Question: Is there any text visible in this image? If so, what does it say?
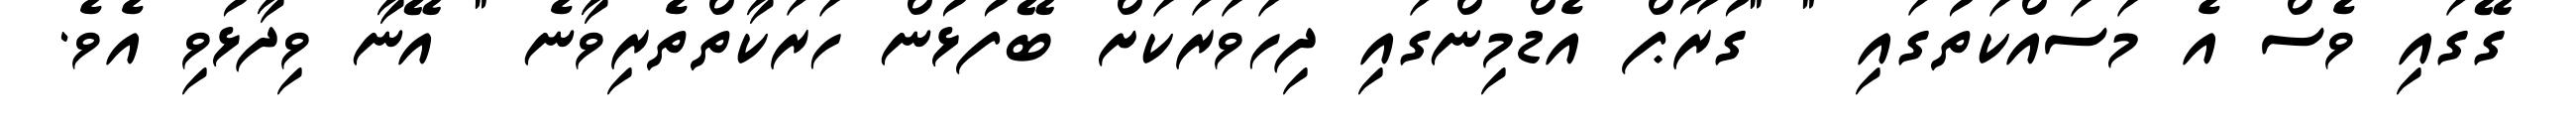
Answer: ގޭގައި ވެސް އެ މަސައްކަތުގައި " "ގުރޫޕް އެޑްމިންގައި ދިހަވަރަކަށް ބޭފުޅުން ހަރަކާތްތެރިވާނެ " އޭނާ ވިދާޅުވި އެވެ.